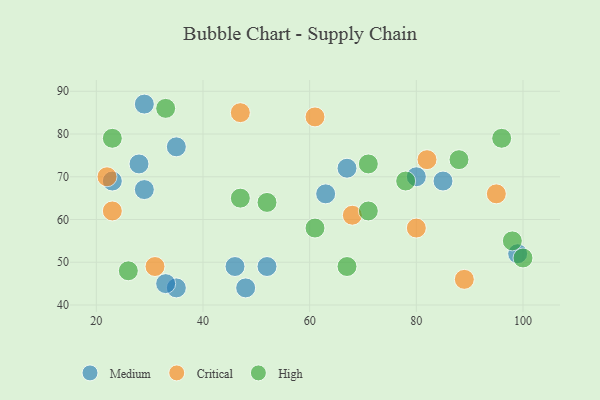
{"axis": {"x": "GDP", "y": "Life Expectancy"}, "legend": ["Critical", "High", "Medium"], "data": [{"x": "35", "y": 77, "type": "Medium"}, {"x": "35", "y": 44, "type": "Medium"}, {"x": "33", "y": 45, "type": "Medium"}, {"x": "63", "y": 66, "type": "Medium"}, {"x": "29", "y": 87, "type": "Medium"}, {"x": "28", "y": 73, "type": "Medium"}, {"x": "80", "y": 70, "type": "Medium"}, {"x": "29", "y": 67, "type": "Medium"}, {"x": "23", "y": 69, "type": "Medium"}, {"x": "67", "y": 72, "type": "Medium"}, {"x": "48", "y": 44, "type": "Medium"}, {"x": "52", "y": 49, "type": "Medium"}, {"x": "85", "y": 69, "type": "Medium"}, {"x": "46", "y": 49, "type": "Medium"}, {"x": "99", "y": 52, "type": "Medium"}, {"x": "47", "y": 85, "type": "Critical"}, {"x": "31", "y": 49, "type": "Critical"}, {"x": "68", "y": 61, "type": "Critical"}, {"x": "80", "y": 58, "type": "Critical"}, {"x": "22", "y": 70, "type": "Critical"}, {"x": "89", "y": 46, "type": "Critical"}, {"x": "82", "y": 74, "type": "Critical"}, {"x": "23", "y": 62, "type": "Critical"}, {"x": "61", "y": 84, "type": "Critical"}, {"x": "95", "y": 66, "type": "Critical"}, {"x": "71", "y": 73, "type": "High"}, {"x": "100", "y": 51, "type": "High"}, {"x": "67", "y": 49, "type": "High"}, {"x": "23", "y": 79, "type": "High"}, {"x": "47", "y": 65, "type": "High"}, {"x": "61", "y": 58, "type": "High"}, {"x": "88", "y": 74, "type": "High"}, {"x": "96", "y": 79, "type": "High"}, {"x": "26", "y": 48, "type": "High"}, {"x": "33", "y": 86, "type": "High"}, {"x": "78", "y": 69, "type": "High"}, {"x": "52", "y": 64, "type": "High"}, {"x": "71", "y": 62, "type": "High"}, {"x": "98", "y": 55, "type": "High"}]}